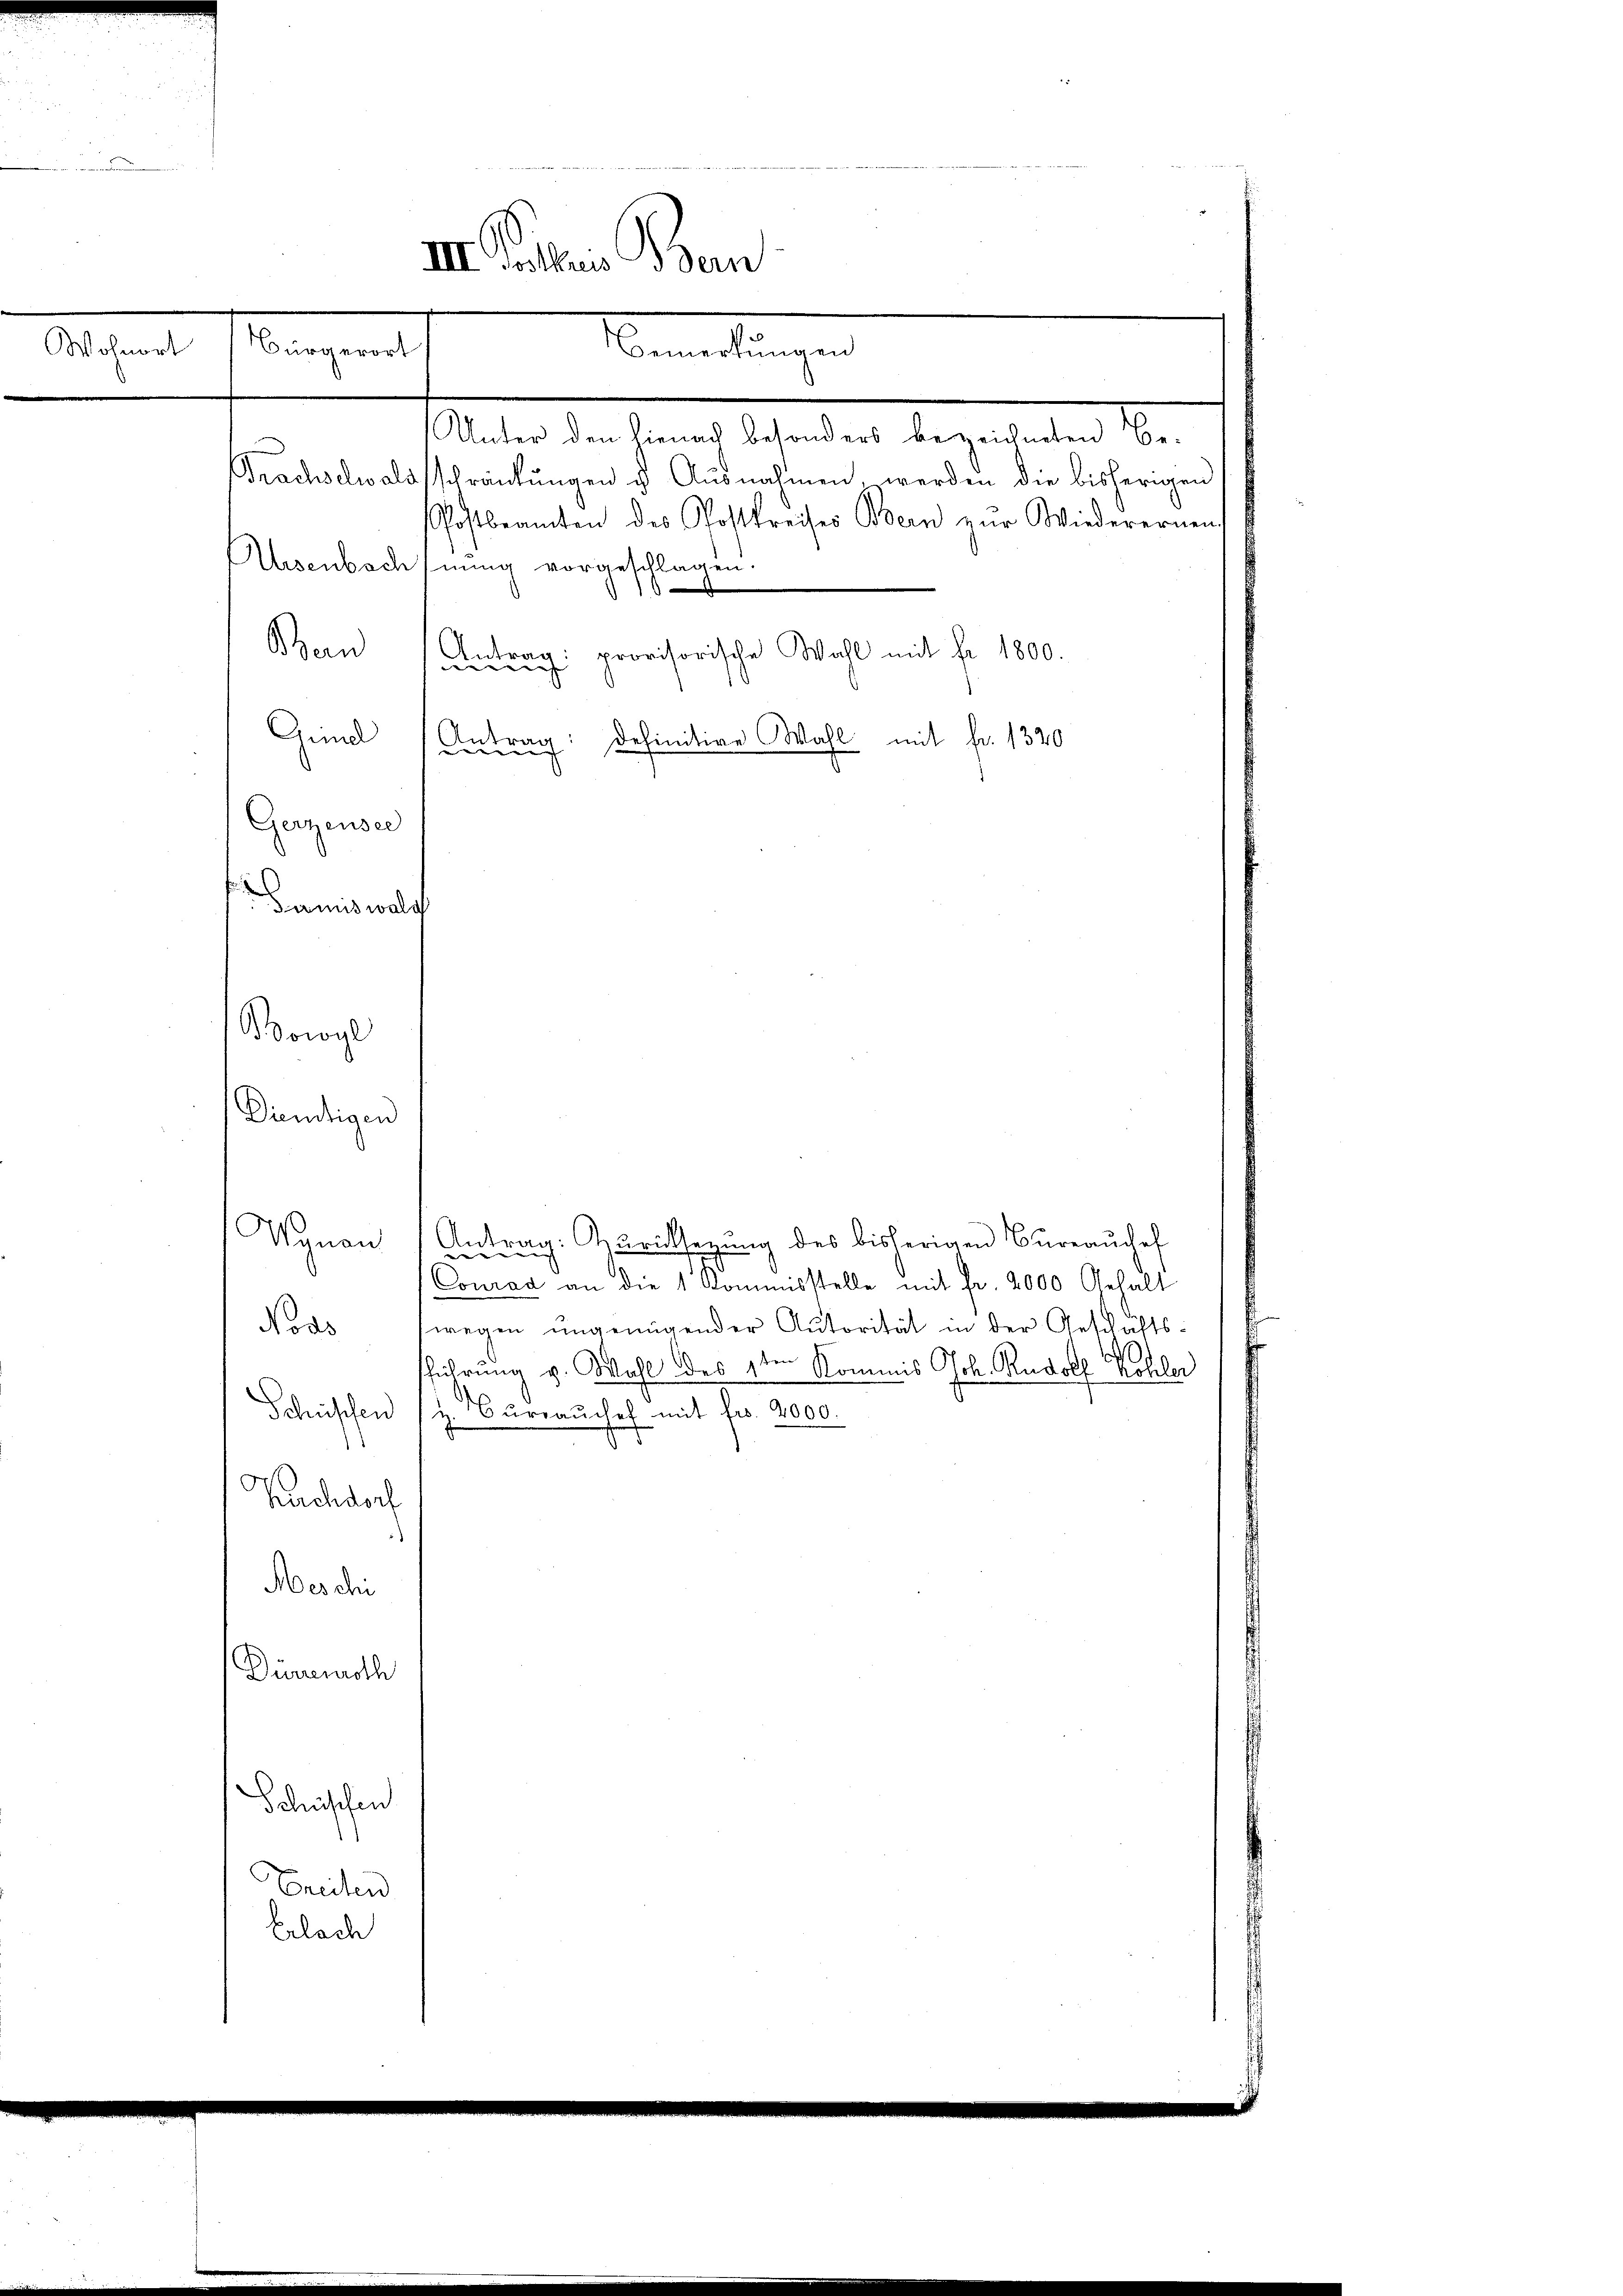
III. Petris Bern
Wohnort
Bürgerort
anmeldungen

Seiter die Gerich behanden, beigendenten den
Brachselwaldsschränkungen u. Ausnahmen, werden die bisherigen
Postbeamten des Postkreises Bern zŭr Wiederernen-
Auisenbachnung vorgeschlagen.
Bern Antrag: provisorische Wahl mit fr. 1800.
definitive Wahl mit fr. 1320
Guel Antrag
Gerzensee
Damit walg
Bowyl
Dendigen
Wynau (Antrag: Zuriksagung des bisherigen Büreaŭchef
d
Conrad an die 1 Kommisstelle mit fr. 2000 Gehalt
Nods (wegen ungenügender Autorität in der Geschäfts-
sführung v. Wahl des 1ten
Kommis Joh. Rudolf Kohler
Schüssen (z. Burraŭchef mit fr. 2000.
Nachdorf
Meschi
Dürrenroth
Schüssen
Freiten
Erlach